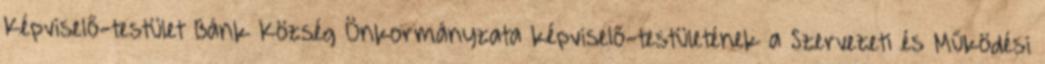
Képviselő-testület Bánk Község Önkormányzata képviselő-testületének a Szervezeti és Működési